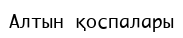
Алтын қоспалары